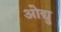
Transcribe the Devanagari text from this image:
ओद्यु